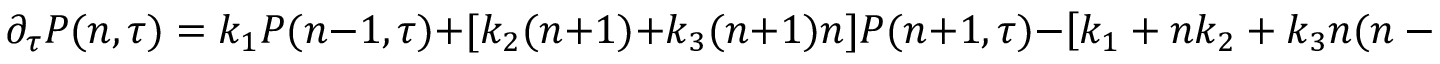
\partial _ { \tau } P ( n , \tau ) = k _ { 1 } P ( n - 1 , \tau ) + [ k _ { 2 } ( n + 1 ) + k _ { 3 } ( n + 1 ) n ] P ( n + 1 , \tau ) - \left[ k _ { 1 } + n k _ { 2 } + k _ { 3 } n ( n - 1 ) \right] P ( n , \tau )